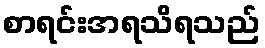
စာရင်းအရသိရသည်